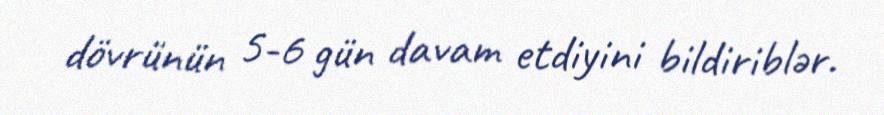
dövrünün 5-6 gün davam etdiyini bildiriblər.